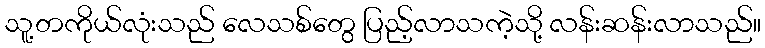
သူ့တကိုယ်လုံးသည် လေသစ်တွေ ပြည့်လာသကဲ့သို့ လန်းဆန်းလာသည်။